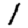
Digit: 1